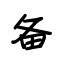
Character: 备